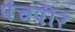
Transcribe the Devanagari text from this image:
पंचपीर